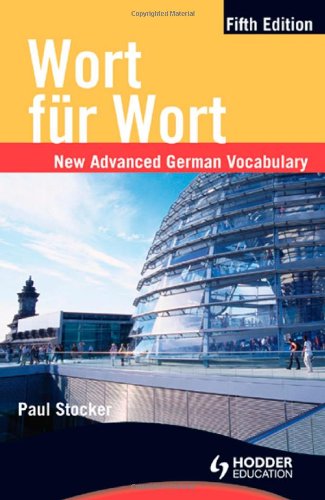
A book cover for Wort fur Wort: New Advanced German Vocabulary (German Edition); Paul Stocker; Teen & Young Adult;